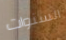
السنوات